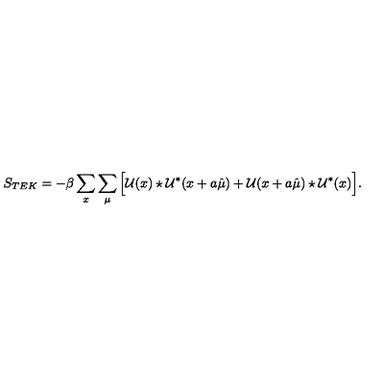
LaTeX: S _ { T E K } = - \beta \sum _ { x } \sum _ { \mu } \Big [ \mathcal { U } ( x ) \star \mathcal { U } ^ { * } ( x + a \hat { \mu } ) + \mathcal { U } ( x + a \hat { \mu } ) \star \mathcal { U } ^ { * } ( x ) \Big ] .